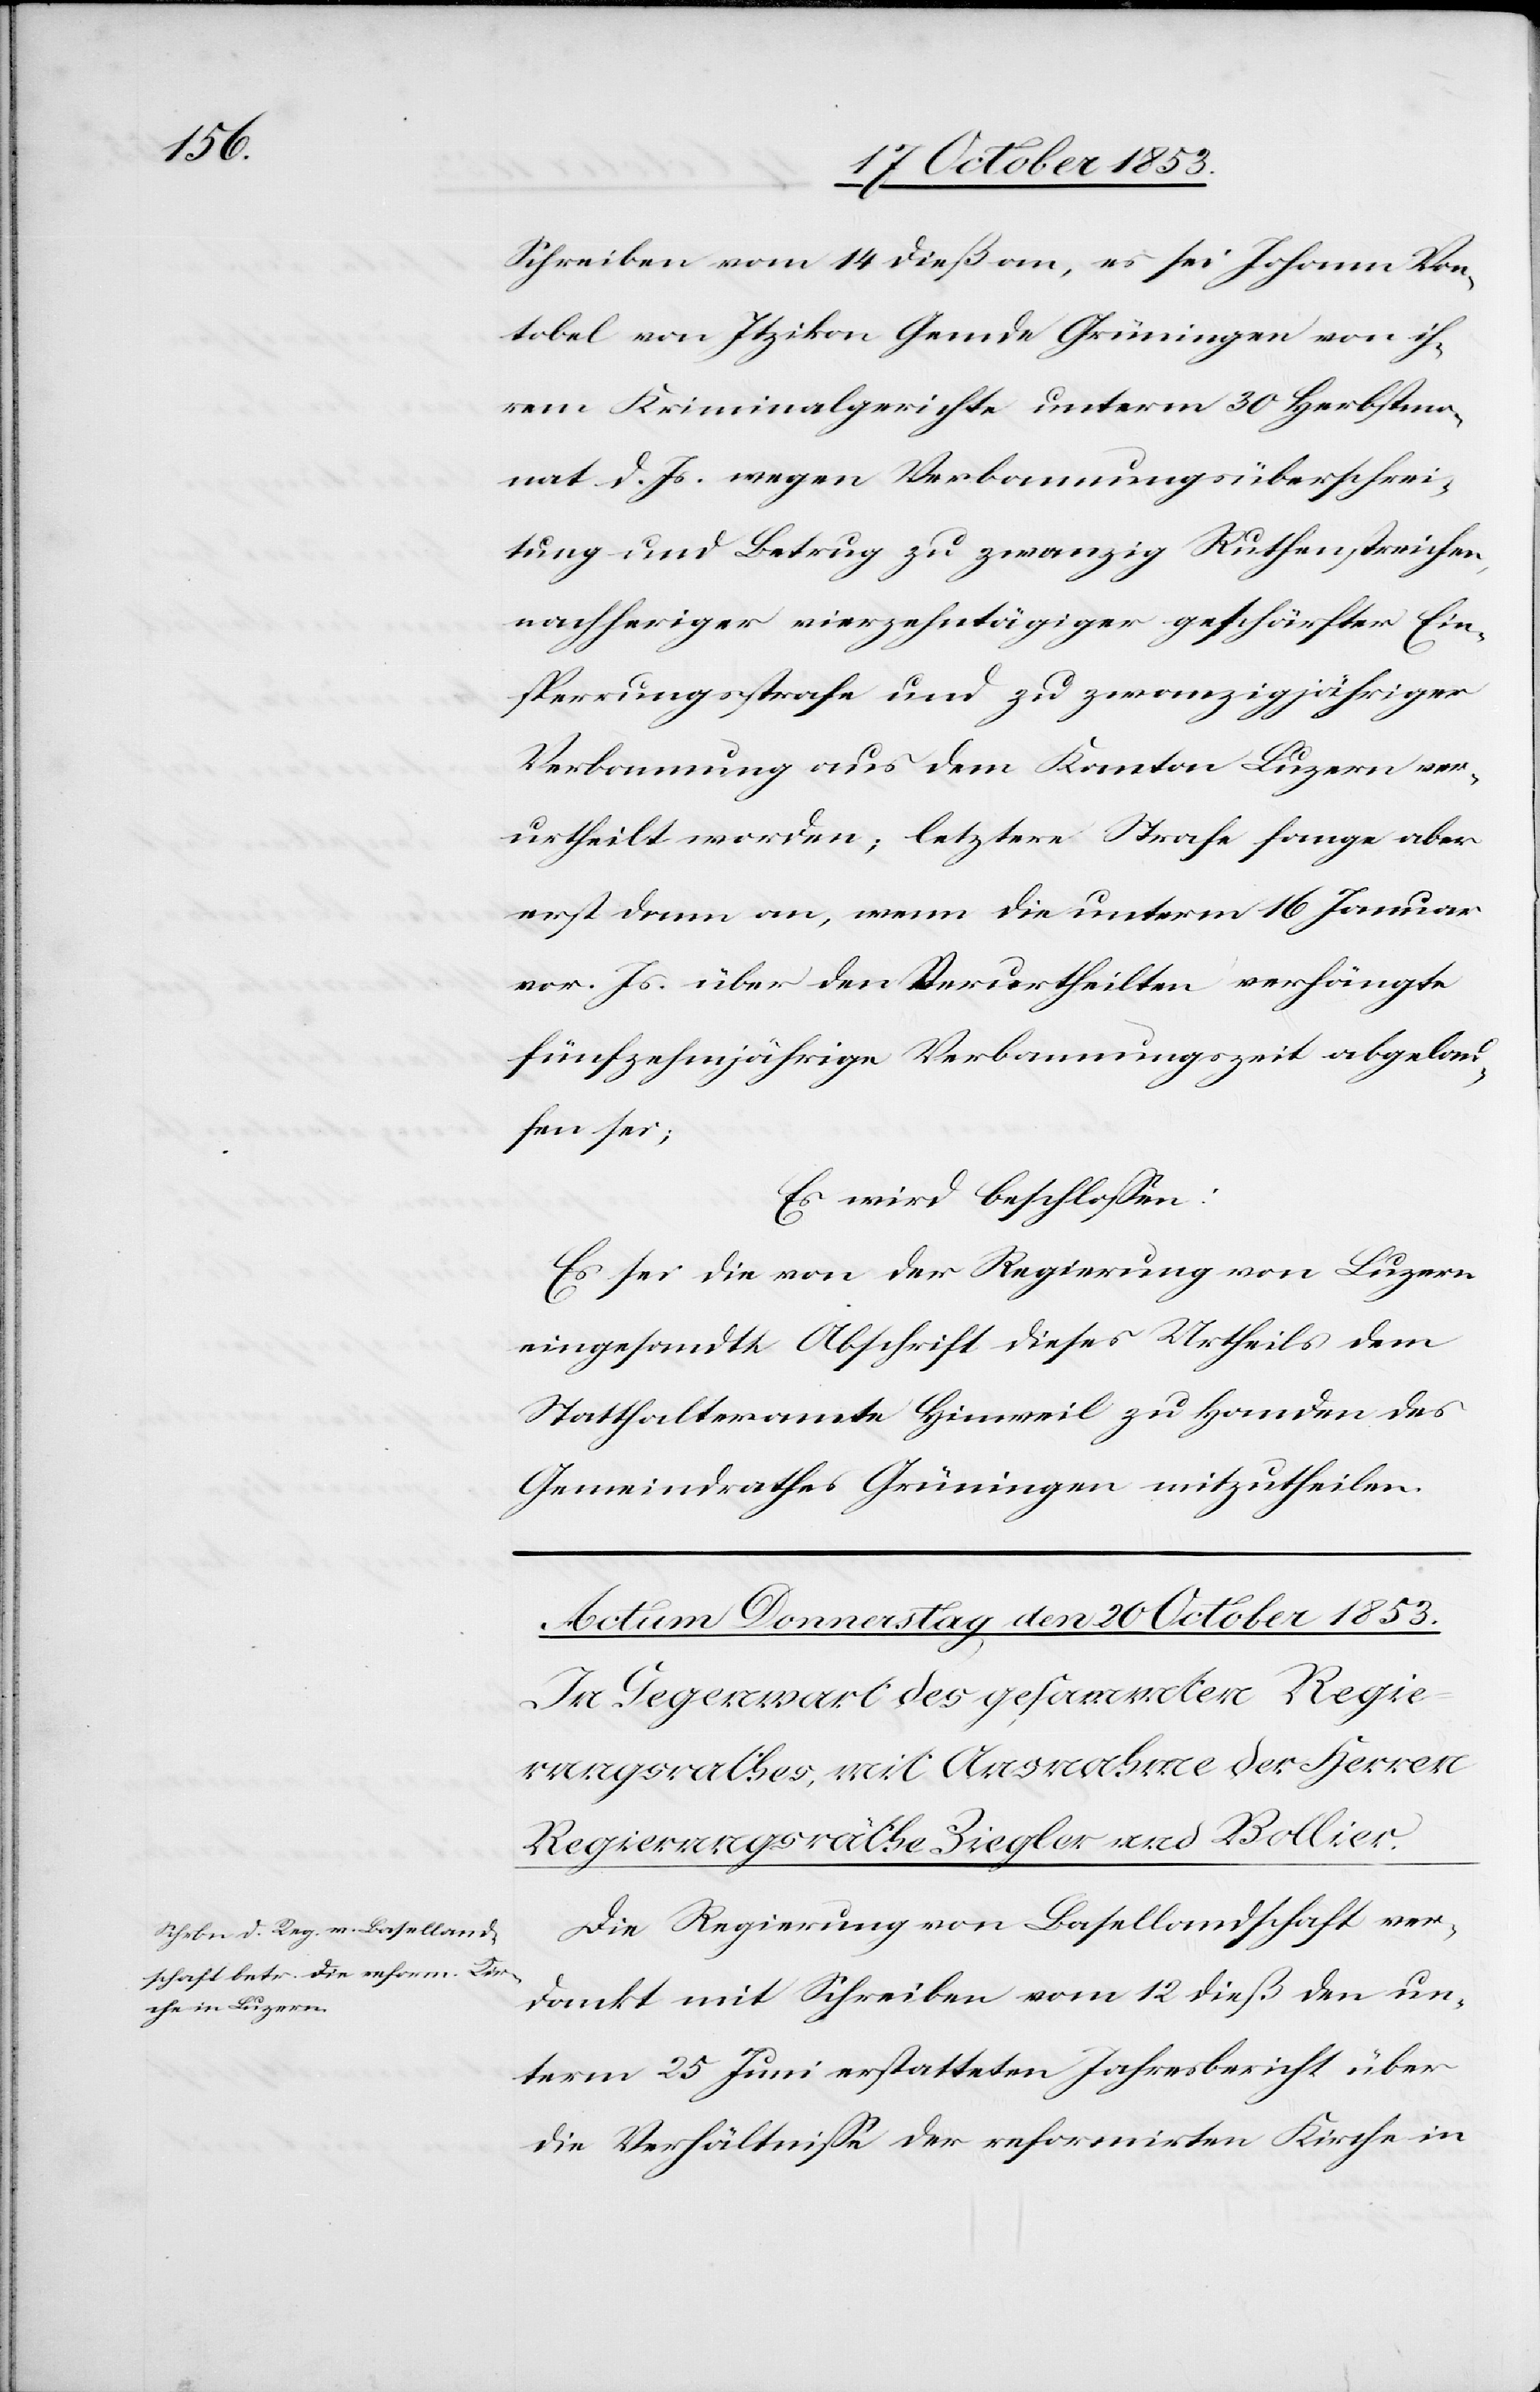
Schreiben vom 14 dieß an, es sei Johann Von¬
tobel von Itzikon Gemde Grüningen von ih¬
rem Kriminalgerichte unterm 30 Herbstmo¬
nat d. Js. wegen Verbannungsüberschrei¬
tung und Betrug zu zwanzig Ruthenstreichen,
nachheriger vierzehntätiger geschärfter Ein¬
sperrungsstrafe und zu zwanzigjähriger
Verbannung aus dem Kanton Luzern ver¬
urtheilt worden; letztere Strafe fange aber
erst dann an, wenn die unterm 16 Januar
vor. Js. über den Verurtheilten verhängte
fünfzehnjährige Verbannungszeit abgelau¬
fen sei;
Es wird beschloßen:
Es sei die von der Regierung von Luzern
eingesandte Abschrift dieses Urtheils dem
Statthalteramte Hinweil zu Handen des
Gemeindrathes Grüningen mitzutheilen.
Die Regierung von Basellandschaft ver¬
dankt mit Schreiben vom 12 dieß den un¬
term 25 Juni erstatteten Jahresbericht über
die Verhältnisse der reformirten Kirche in